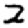
Digit: 2